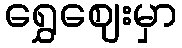
ရွှေဈေးမှာ